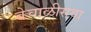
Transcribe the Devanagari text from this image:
बेचाळीसवा